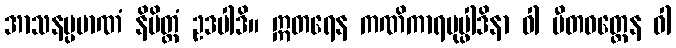
အာသနပ္ပမာဏံ နိမိတ္တံ ဥဒပါဒိ။ ဣတရေန ကဏိကာရပုပ္ဖါဒိနာ ဝါ ပီတဝတ္ထေန ဝါ